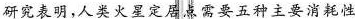
研究表明，人类火星定居点需要五种主要消耗性